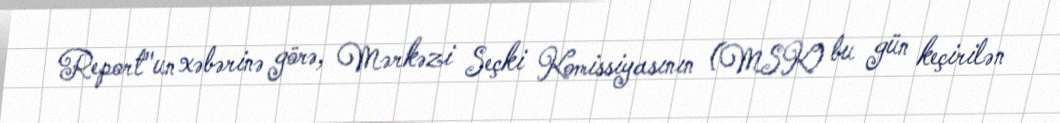
Report"un xəbərinə görə, Mərkəzi Seçki Komissiyasının (MSK) bu gün keçirilən